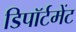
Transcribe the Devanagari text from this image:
डिपॉर्टमेंट